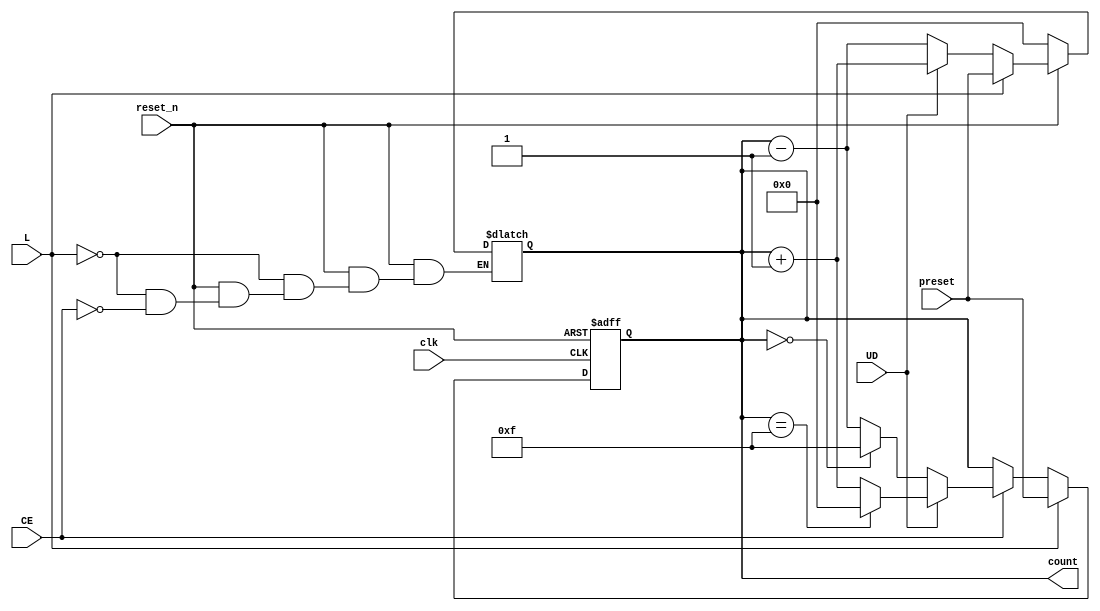
module async_load_counter (
    input wire clk,          // Clock signal
    input wire reset_n,     // Active-low asynchronous reset
    input wire L,           // Load signal
    input wire CE,          // Count Enable signal
    input wire UD,          // Up/Down control signal
    input wire [3:0] preset,// 4-bit preset value
    output reg [3:0] count  // 4-bit counter output
);

    // Asynchronous reset and load logic
    always @(*) begin
        if (!reset_n) begin
            count = 4'b0000; // Reset the counter to 0
        end else if (L) begin
            count = preset; // Load the preset value
        end else if (CE) begin
            if (UD) begin
                count = count + 1; // Count up
            end else begin
                count = count - 1; // Count down
            end
        end
    end

    // Sequential logic for counting on the clock edge
    always @(posedge clk or negedge reset_n) begin
        if (!reset_n) begin
            count <= 4'b0000; // Reset the counter to 0
        end else if (L) begin
            count <= preset; // Load the preset value
        end else if (CE) begin
            if (UD) begin
                if (count == 4'b1111) begin
                    count <= 4'b0000; // Wrap around to 0
                end else begin
                    count <= count + 1; // Count up
                end
            end else begin
                if (count == 4'b0000) begin
                    count <= 4'b1111; // Wrap around to max value
                end else begin
                    count <= count - 1; // Count down
                end
            end
        end
    end

endmodule